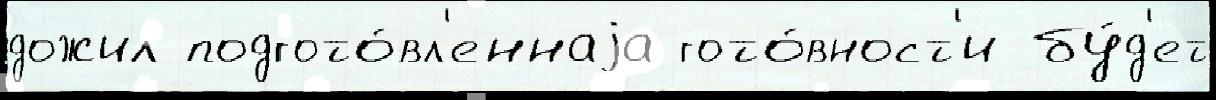
дожил подгото́вл'еннаjа гото́вност'и бу́д'ет